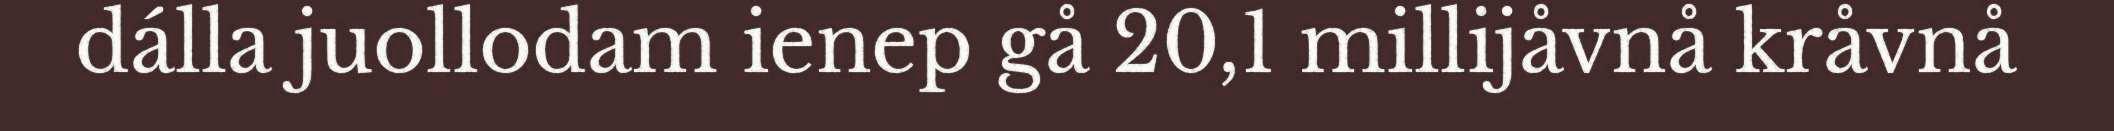
dálla juollodam ienep gå 20,1 millijåvnå kråvnå